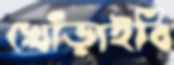
খোঁড়াইবি